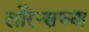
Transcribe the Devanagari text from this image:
लोरेन्सच्या